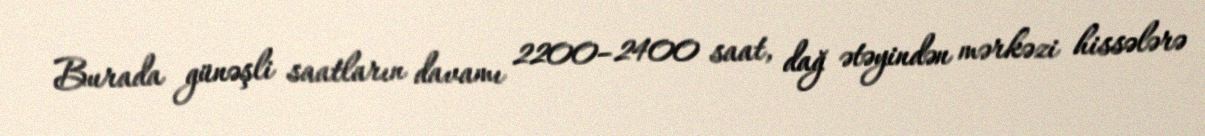
Burada günəşli saatların davamı 2200–2400 saat, dağ ətəyindən mərkəzi hissələrə